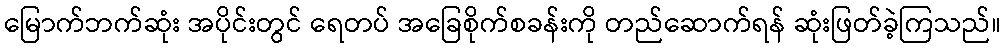
မြောက်ဘက်ဆုံး အပိုင်းတွင် ရေတပ် အခြေစိုက်စခန်းကို တည်ဆောက်ရန် ဆုံးဖြတ်ခဲ့ကြသည်။